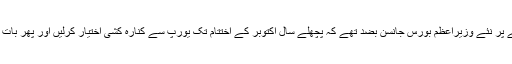
برطانیہ میں بریگزٹ کے معاملے پر نئے وزیراعظم بورس جانسن بضد تھے کہ پچھلے سال اکتوبر کے اختتام تک یورپ سے کنارہ کشی اختیار کرلیں اور پھر بات قبل از الیکشن کی طرف چلی گئی۔